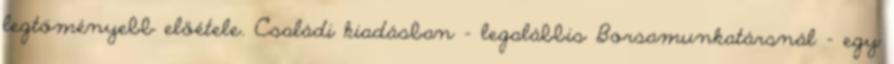
legtöményebb előétele. Családi kiadásban – legalábbis Borsamunkatársnál – egy